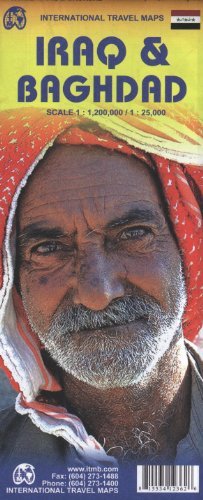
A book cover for By ITM Canada Iraq 1:2M & Baghdad 1:25,000 Travel Map (International Travel Maps) (2011) [Map]; Travel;